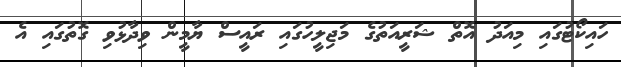
ހައިކޯޓުގައި މިއަދު އޮތް ޝަރީއަތުގެ މަޖިލީހުގައި ރައީސް ޔާމީން ވިދާޅުވި ގޮތުގައި އެ